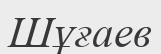
Шұғаев